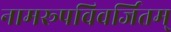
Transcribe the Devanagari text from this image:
नामरूपविवर्जितम्